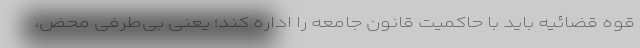
قوه قضائیه باید با حاکمیت قانون جامعه را اداره کند؛ یعنی بی‌طرفی محض،